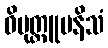
ဝိမုတ္တူပနိသံ